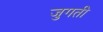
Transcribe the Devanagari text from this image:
जुगती